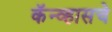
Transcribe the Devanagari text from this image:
कॅन्व्हासचे